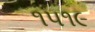
૧૫૧૯